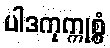
ပါဒကုက္ကုစ္စံ